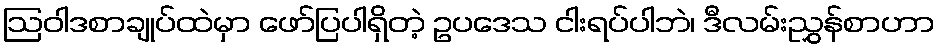
ဩဝါဒစာချုပ်ထဲမှာ ဖော်ပြပါရှိတဲ့ ဥပဒေသ ငါးရပ်ပါဘဲ၊ ဒီလမ်းညွှန်စာဟာ